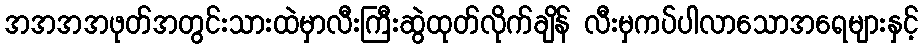
အအအအဖုတ်အတွင်းသားထဲမှာလီးကြီးဆွဲထုတ်လိုက်ချိန် လီးမှကပ်ပါလာသောအရေများနှင့်